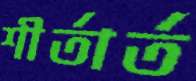
শীর্তার্ত